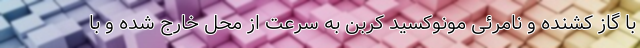
با گاز کشنده و نامرئی مونوکسید کربن به سرعت از محل خارج شده و با